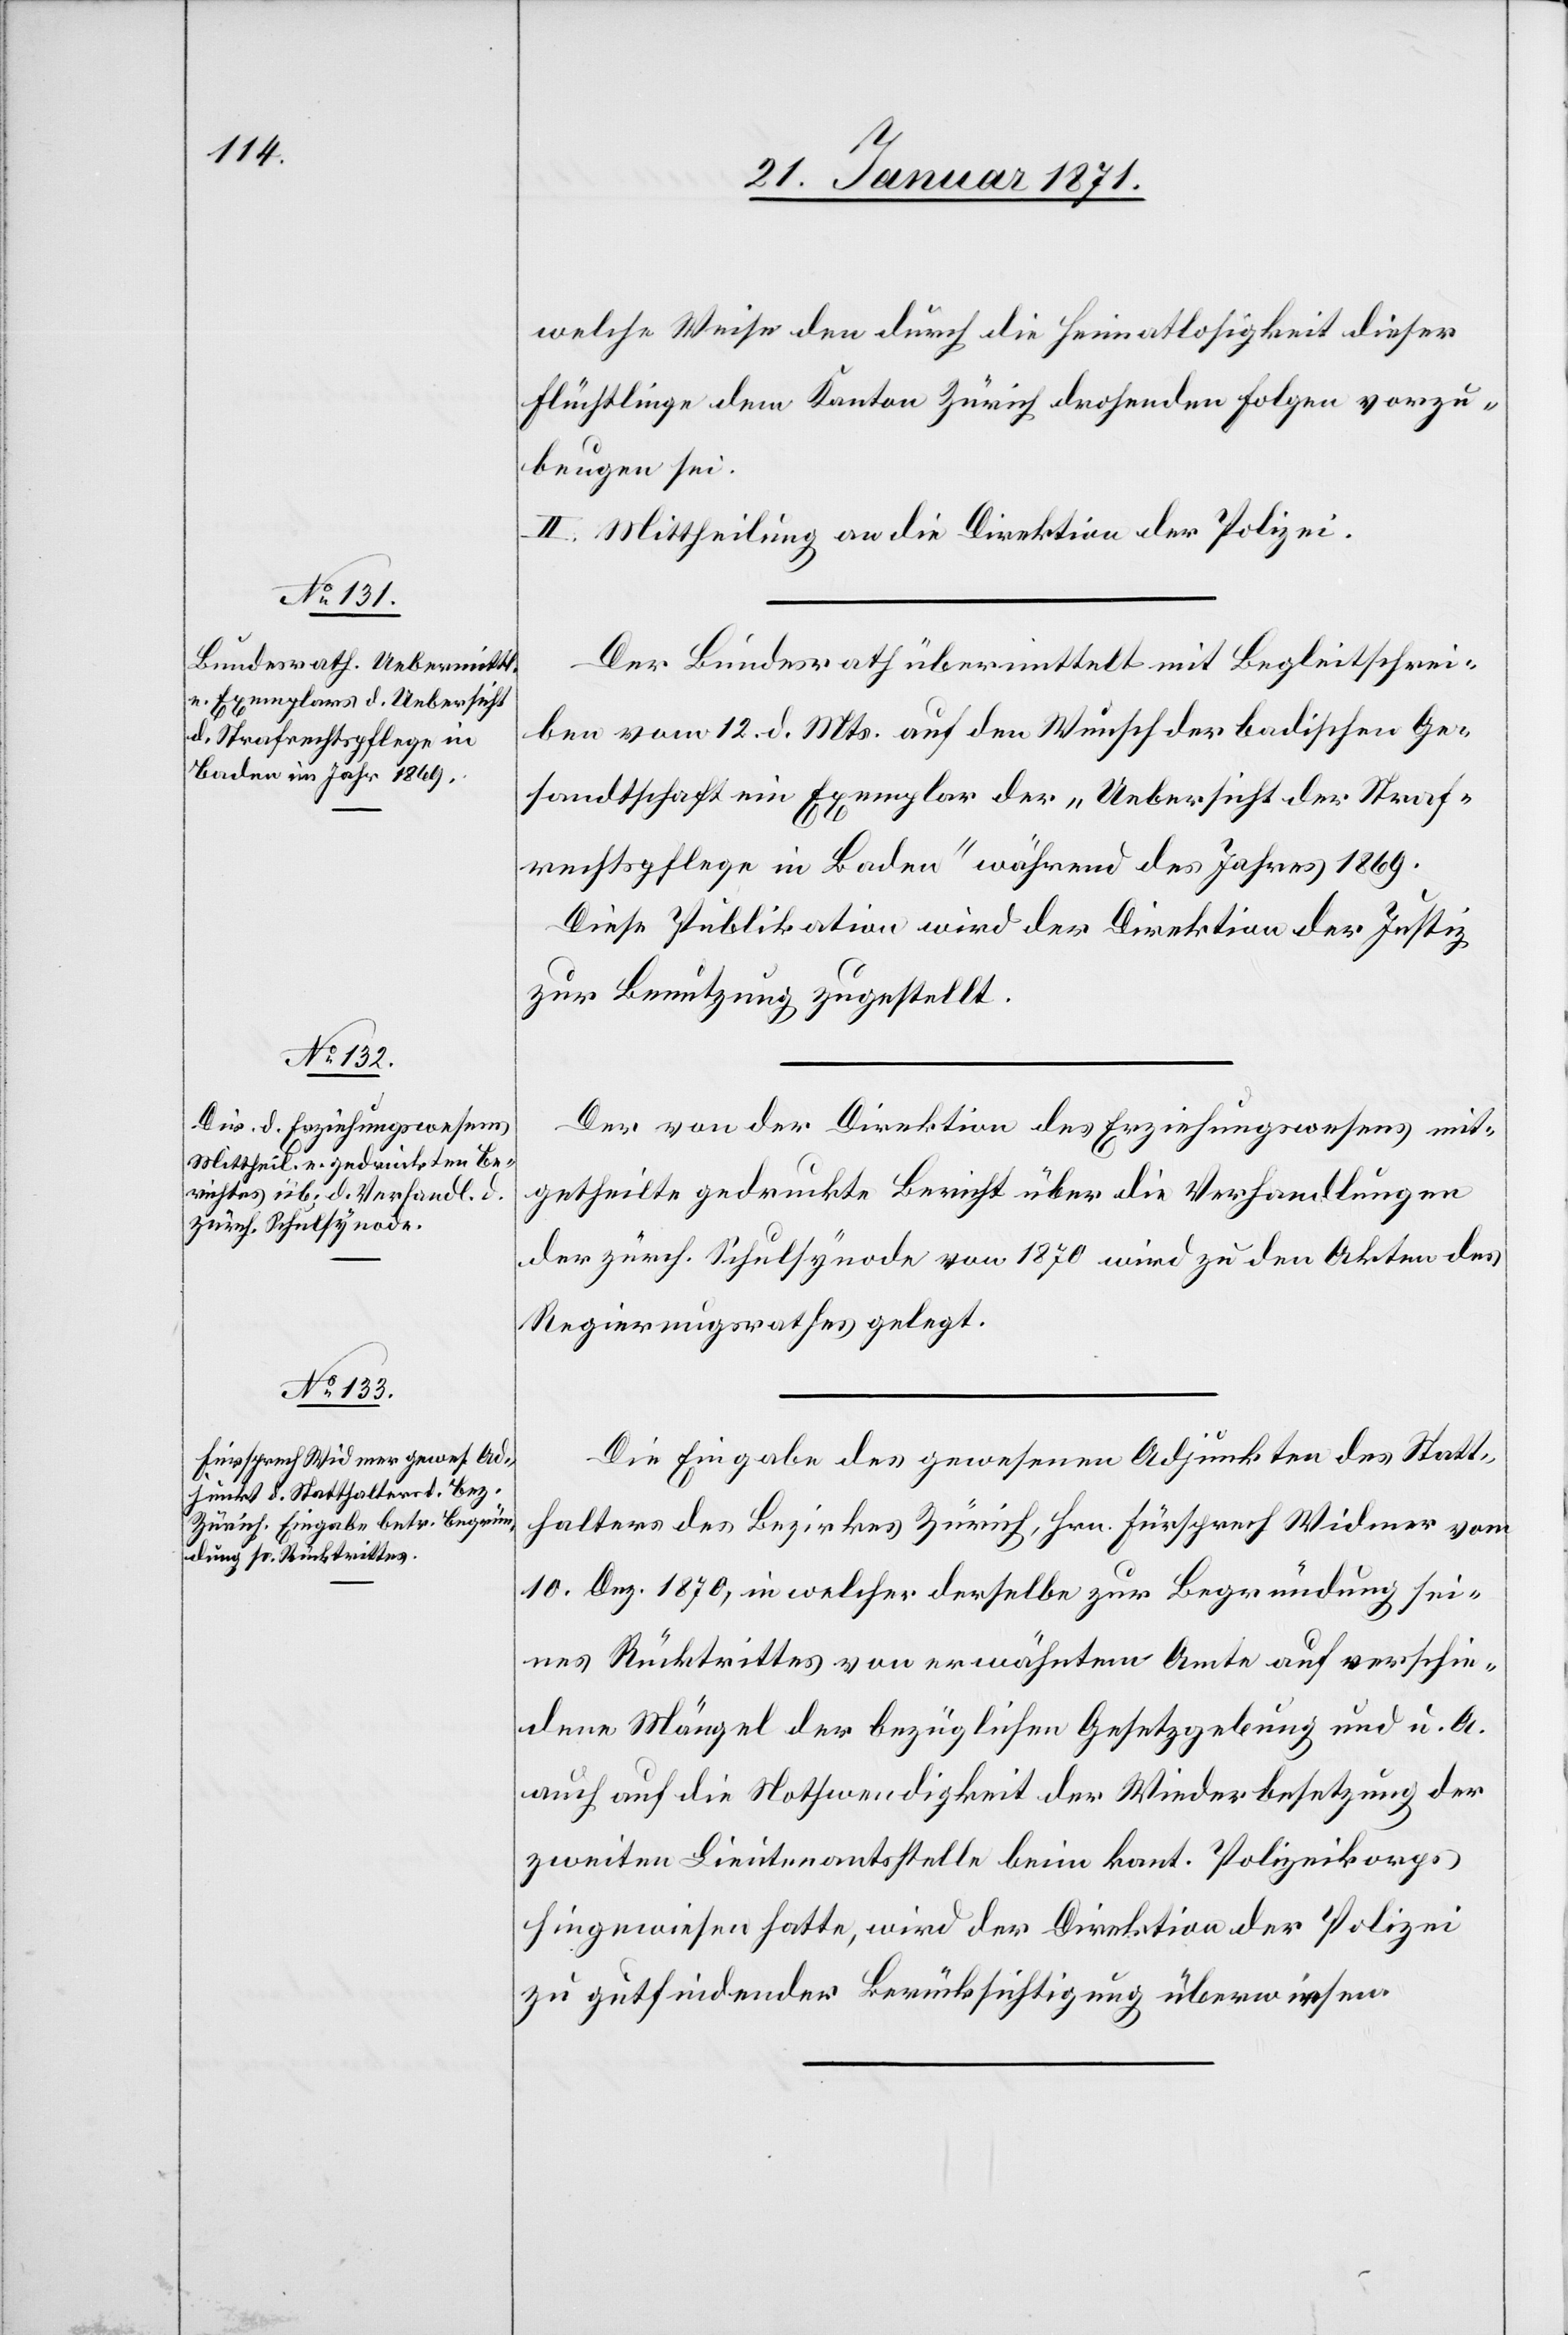
welche Weise den durch die Heimatlosigkeit dieser
Flüchtlinge dem Kanton Zürich drohenden Folge vorzu¬
beugen sei.
II. Mittheilung an die Direktion der Polizei.
Der Bundesrath übermittelt mit Begleitschrei¬
ben vom 12. d. Mts. auf den Wunsche der badischen Ge¬
sandtschaft ein Exemplar der „Uebersicht der Straf¬
rechtspflege in Baden“ während des Jahres 1869.
Diese Publikation wird der Direktion der Justiz
zur Benutzung zugestellt.
Der von der Direktion des Erziehungswesens mit¬
getheilte gedruckte Bericht über die Verhandlungen
der zürch. Schulsynode von 1870 wird zu den Akten des
Regierungsrathes gelegt.
Die Eingabe des gewesenen Adjunkten des Statt¬
halters des Bezirkes Zürich, Hrn. Fürsprech Widmer vom
10. Dez. 1870, in welcher derselbe zur Begründung sei¬
nes Rücktrittes von erwähntem Amte auf verschie¬
dene Mängel der bezüglichen Gesetzgebung und u. A.
auch auf die Nothwendigkeit der Wiederbesetzung der
zweiten Lieutenantsstelle beim kant. Polizeikorps
hingewiesen hatte, wird der Direktion der Polizei.
zu gutfindender Berücksichtigung überwiesen.